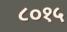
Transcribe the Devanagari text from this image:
८०१५